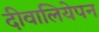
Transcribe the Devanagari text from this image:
दीवालियेपन